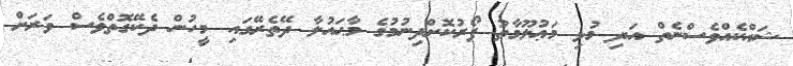
ޝައްކެއްވެސްނެތް އަދި މުޅި މަޢުލޫމާތު ފޯރުކޮށްދިނުމުގެ މާޙައުލާ ދޭތެރޭގައި މީހުން ދެކޭގޮތްވެސް ވަރަށް